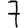
Digit: 7